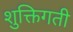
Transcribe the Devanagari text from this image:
शुक्तिगती